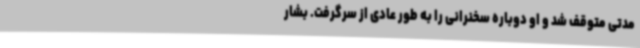
مدتی متوقف شد و او دوباره سخنرانی را به طور عادی از سرگرفت. بشار